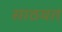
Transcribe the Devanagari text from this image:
साठवत